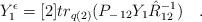
LaTeX: \begin{align*}Y_{1}^{\epsilon} = [2] tr_{q(2)} (P_{-\,12} Y_{1} \hat{R}_{12}^{-1})\quad.\end{align*}